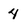
Character: 4